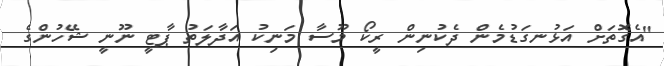
"އެގޮތަށް އަޅުނގަޑުމެން ދެކުނިން ރީކޯ މޫސާ މަނިކު އަދާލަތު ޕާޓީ ނޫނީ ޝޭހުންގެ